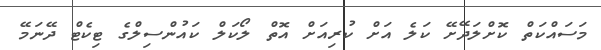
މަސައްކަތް ކޮށްލަދޭށޭ ކަލެ އަށް ކުރިއަށް އޮތް ލޯކަލް ކައުންސިލްގެ ޓިކެޓް ދޭނަމޭ